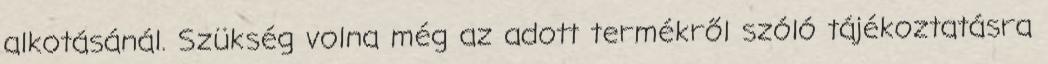
alkotásánál. Szükség volna még az adott termékről szóló tájékoztatásra